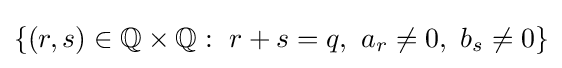
\{(r,s)\in \mathbb {Q} \times \mathbb {Q} :\ r+s=q,\ a_{r}\neq 0,\ b_{s}\neq 0\}